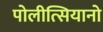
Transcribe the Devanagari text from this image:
पोलीत्सियानो